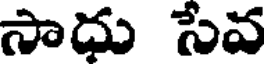
సాధు సేవ